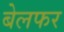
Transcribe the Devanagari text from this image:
बेलफर